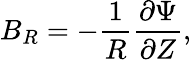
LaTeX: B_{R}=-\frac{1}{R}\frac{\partial\Psi}{\partial Z},